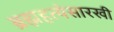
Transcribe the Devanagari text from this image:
ब्रह्महत्येसारखी